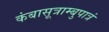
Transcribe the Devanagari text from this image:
कंबासूत्राम्बुपात्रं